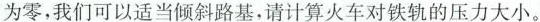
为零，我们可以适当倾斜路基，请计算火车对铁轨的压力大小。